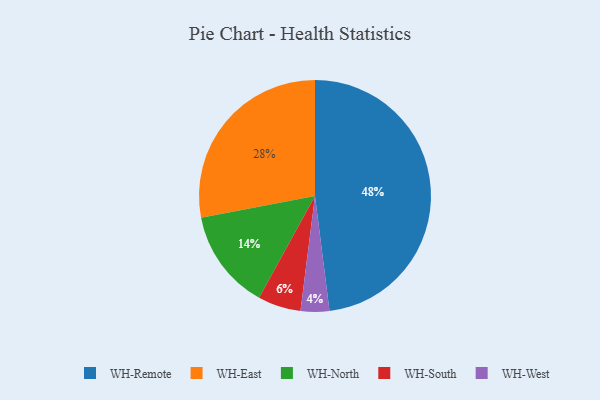
{"axis": {"x": "Category", "y": "Percentage"}, "legend": ["WH-East", "WH-North", "WH-Remote", "WH-South", "WH-West"], "data": [{"x": "WH-North", "y": 14, "type": "WH-North"}, {"x": "WH-East", "y": 28, "type": "WH-East"}, {"x": "WH-West", "y": 4, "type": "WH-West"}, {"x": "WH-South", "y": 6, "type": "WH-South"}, {"x": "WH-Remote", "y": 48, "type": "WH-Remote"}]}